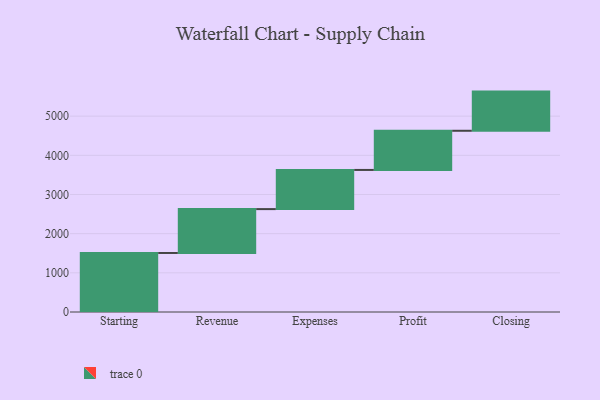
{"axis": {"x": "Step", "y": "Value"}, "legend": [""], "data": [{"x": "Starting", "y": 1507.0, "type": ""}, {"x": "Revenue", "y": 1120.0, "type": ""}, {"x": "Expenses", "y": 1000, "type": ""}, {"x": "Profit", "y": 1000, "type": ""}, {"x": "Closing", "y": 1000, "type": ""}]}